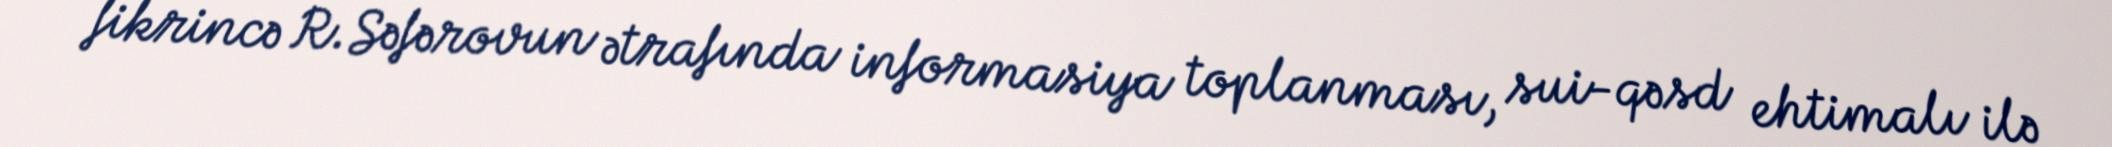
fikrincə R.Səfərovun ətrafında informasiya toplanması, sui-qəsd ehtimalı ilə